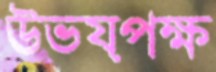
উভয়পক্ষ